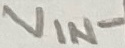
Text: VIN-